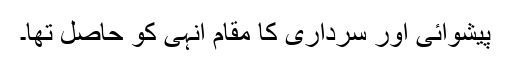
پیشوائی اور سرداری کا مقام انہی کو حاصل تھا۔